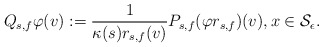
\begin{align*}Q_{s,f} \varphi(v): = \frac{1}{\kappa(s) r_{s,f}(v)} P_{s,f}(\varphi r_{s,f})(v), x\in \mathcal{S}_{\epsilon}. \end{align*}